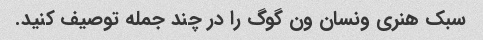
سبک هنری ونسان ون گوگ را در چند جمله توصیف کنید.